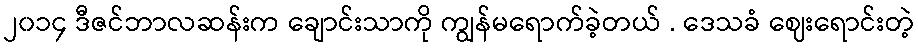
၂၀၁၄ ဒီဇင်ဘာလဆန်းက ချောင်းသာကို ကျွန်မရောက်ခဲ့တယ် . ဒေသခံ ဈေးရောင်းတဲ့